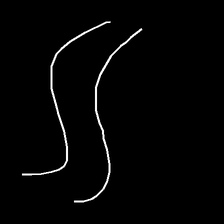
Glyph: float